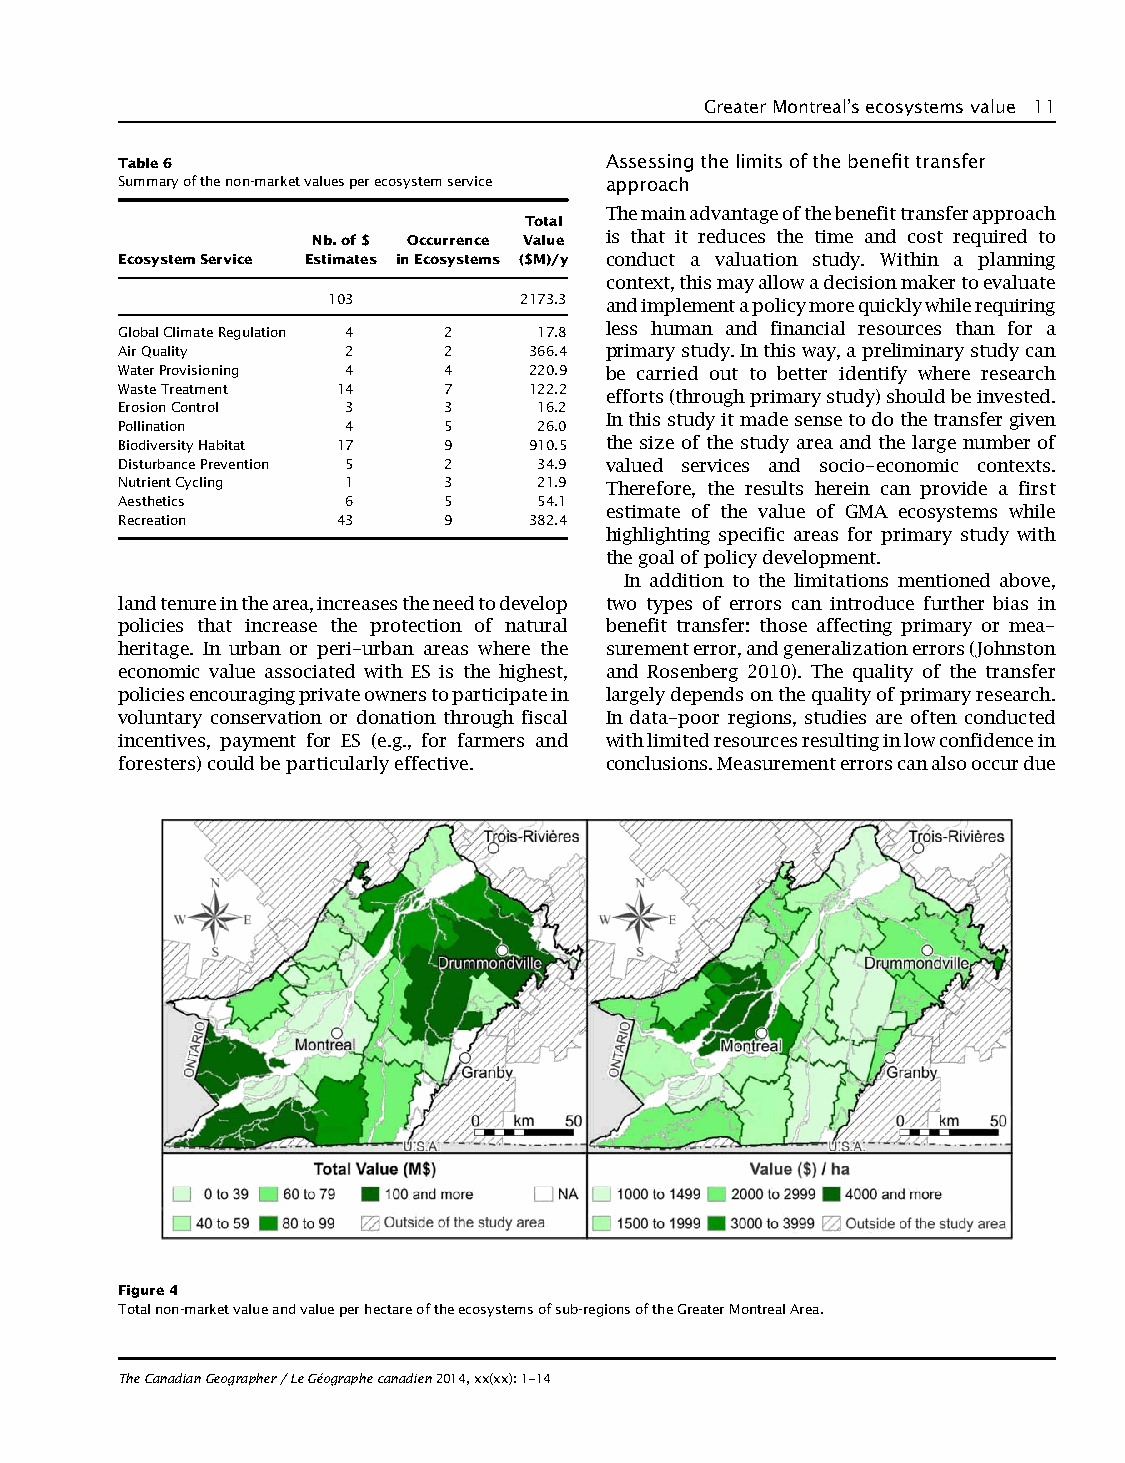
GreaterMontreal’secosystemsvalue 11
 Table6
 Assessingthelimitsofthebenefittransfer
 Summaryofthenon-marketvaluesperecosystemservice approach
 Themainadvantageofthebenefittransferapproach
 Total
 Nb.of$ Occurrence Value is that it reduces the time and cost required to
 EcosystemService Estimates inEcosystems ($M)/y conduct a valuation study. Within a planning
 context,thismayallowadecisionmakertoevaluate
 103         2173.3 andimplementapolicymorequicklywhilerequiring
 less human and financial resources than for a
 GlobalClimateRegulation 4 2 17.8
 AirQuality     2     2     366.4 primarystudy.Inthisway,apreliminarystudycan
 WaterProvisioning 4  4     220.9 be carried out to better identify where research
 WasteTreatment 14    7     122.2 efforts(throughprimarystudy)shouldbeinvested.
 ErosionControl 3     3      16.2
 Inthisstudyitmadesensetodothetransfergiven
 Pollination    4     5      26.0
 BiodiversityHabitat 17 9   910.5 the size of the study area and the large number of
 DisturbancePrevention 5 2   34.9 valued services and socio-economic contexts.
 NutrientCycling 1    3      21.9 Therefore, the results herein can provide a first
 Aesthetics     6     5      54.1
 estimate of the value of GMA ecosystems while
 Recreation    43     9     382.4
 highlighting specific areas for primary study with
 thegoalofpolicydevelopment.
 In addition to the limitations mentioned above,
 landtenureinthearea,increasestheneedtodevelop two types of errors can introduce further bias in
 policies that increase the protection of natural benefit transfer: those affecting primary or mea-
 heritage. In urban or peri-urban areas where the surementerror,andgeneralizationerrors(Johnston
 economic value associated with ES is the highest, and Rosenberg 2010). The quality of the transfer
 policiesencouragingprivateownerstoparticipatein largelydependsonthequalityofprimaryresearch.
 voluntary conservation or donation through fiscal In data-poor regions, studies are often conducted
 incentives, payment for ES (e.g., for farmers and withlimitedresourcesresultinginlowconfidencein
 foresters)couldbeparticularlyeffective. conclusions.Measurementerrorscanalsooccurdue
 Figure4
 Totalnon-marketvalueandvalueperhectareoftheecosystemsofsub-regionsoftheGreaterMontrealArea.
 TheCanadianGeographer/LeGéographecanadien2014,xx(xx):1–14